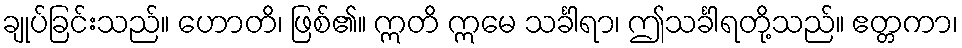
ချုပ်ခြင်းသည်။ ဟောတိ၊ ဖြစ်၏။ ဣတိ ဣမေ သင်္ခါရာ၊ ဤသင်္ခါရတို့သည်။ ဧတ္တကာ၊